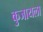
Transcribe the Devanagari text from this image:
कुजायला